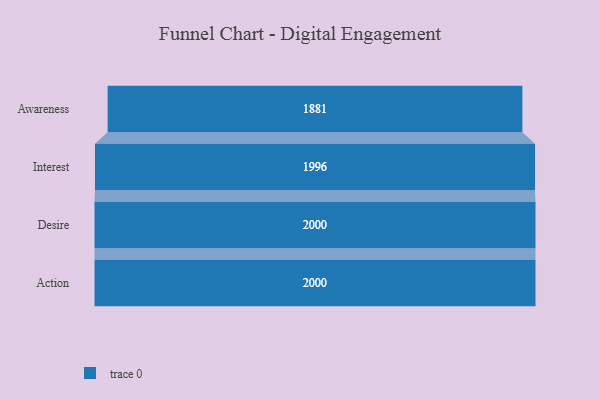
{"axis": {"x": "Stage", "y": "Value"}, "legend": [""], "data": [{"x": "Awareness", "y": 1881.0, "type": ""}, {"x": "Interest", "y": 1996.0, "type": ""}, {"x": "Desire", "y": 2000, "type": ""}, {"x": "Action", "y": 2000, "type": ""}]}